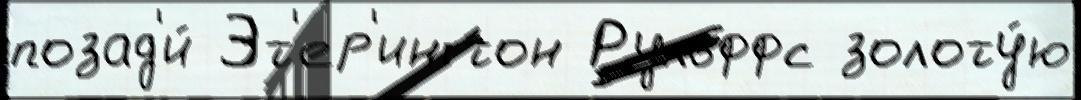
позад'и́ Эт'ер'ингтон Рульффс золоту́ю